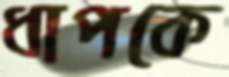
ধাপকে